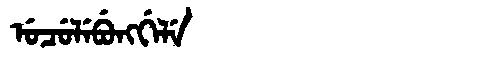
Manchu: ᡠᠴᡠᠯᡝᠪᡠᠩᡤᡝᠯᡝ
Romanization: UCULEBUNGGELE